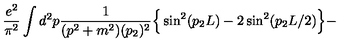
\frac { e ^ { 2 } } { \pi ^ { 2 } } \int d ^ { 2 } p \frac { 1 } { ( p ^ { 2 } + m ^ { 2 } ) ( p _ { 2 } ) ^ { 2 } } \Big \{ \sin ^ { 2 } ( p _ { 2 } L ) - 2 \sin ^ { 2 } ( p _ { 2 } L / 2 ) \Big \} -